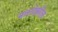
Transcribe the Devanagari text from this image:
नारादेखील